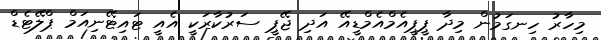
މިހާރު ހިނގަމުން މިދާ ޕީޕީއެމްއެމްޑީއޭ އަދި ޖޭޕީ ސަރުކާރަކީ އެއީ ޓައިޓޭނިއަމް ޕްލޭޓެޑް